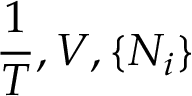
~ ~ ~ ~ ~ { \frac { 1 } { T } } , V , \{ N _ { i } \}